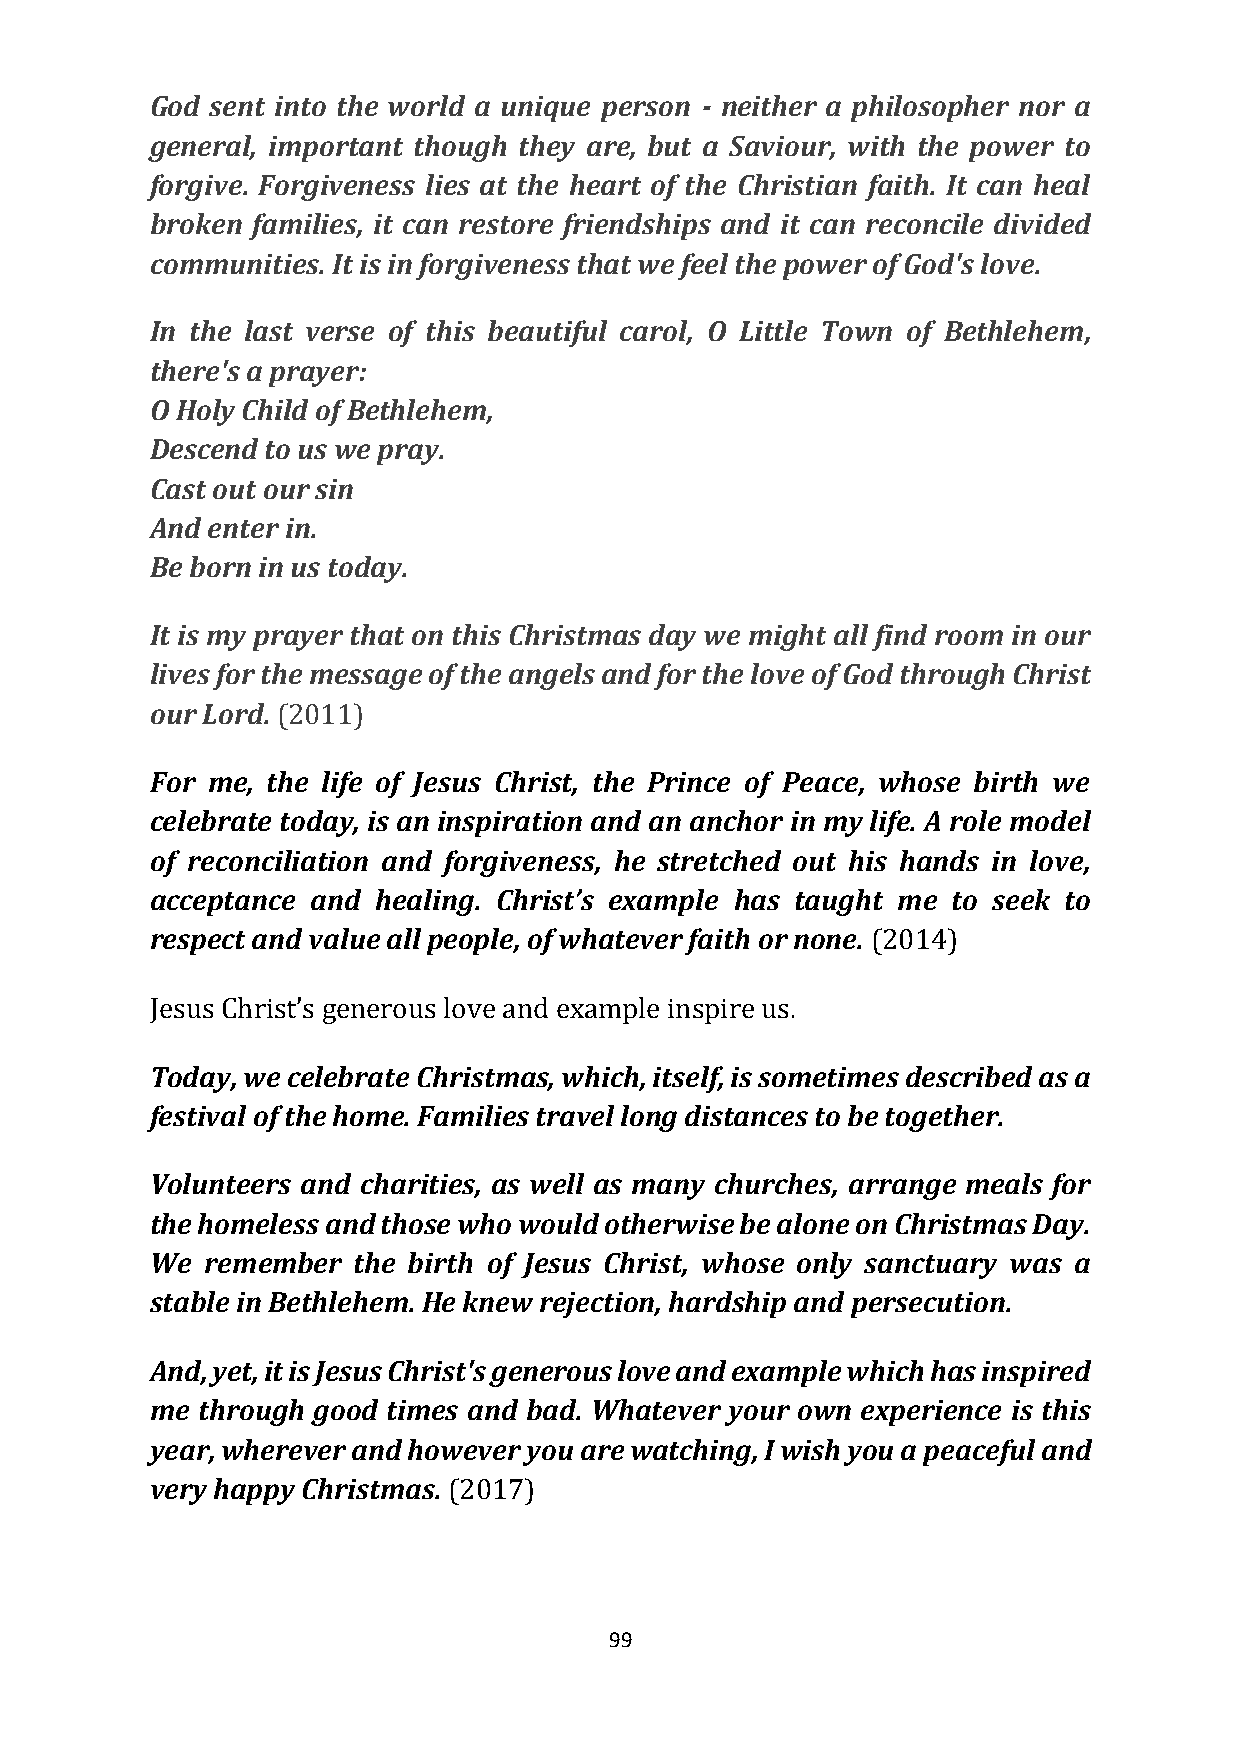
God sent into the world a unique person - neither a philosopher nor a
 general, important though they are, but a Saviour, with the power to
 forgive. Forgiveness lies at the heart of the Christian faith. It can heal
 broken families, it can restore friendships and it can reconcile divided
 communities. It is in forgiveness that we feel the power of God's love.
 In the last verse of this beautiful carol, O Little Town of Bethlehem,
 there's a prayer:
 O Holy Child of Bethlehem,
 Descend to us we pray.
 Cast out our sin
 And enter in.
 Be born in us today.
 It is my prayer that on this Christmas day we might all find room in our
 lives for the message of the angels and for the love of God through Christ
 our Lord. (2011)
 For me, the life of Jesus Christ, the Prince of Peace, whose birth we
 celebrate today, is an inspiration and an anchor in my life. A role model
 of reconciliation and forgiveness, he stretched out his hands in love,
 acceptance and healing. Christ’s example has taught me to seek to
 respect and value all people, of whatever faith or none. (2014)
 Jesus Christ’s generous love and example inspire us.
 Today, we celebrate Christmas, which, itself, is sometimes described as a
 festival of the home. Families travel long distances to be together.
 Volunteers and charities, as well as many churches, arrange meals for
 the homeless and those who would otherwise be alone on Christmas Day.
 We  remember the birth of Jesus Christ, whose only sanctuary was a
 stable in Bethlehem. He knew rejection, hardship and persecution.
 And, yet, it is Jesus Christ's generous love and example which has inspired
 me through good times and bad. Whatever your own experience is this
 year, wherever and however you are watching, I wish you a peaceful and
 very happy Christmas. (2017)
 99